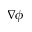
\nabla \phi